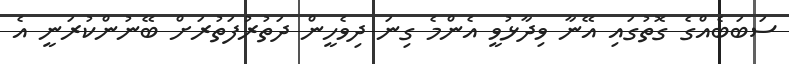
ސަބަބެއްގެ ގޮތުގައި އޭނާ ވިދާޅުވީ އެންމެ ގިނަ ދިވެހީން ދަތުރުފަތުރަށް ބޭނުންކުރަނީ އެ